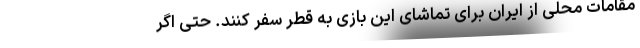
مقامات محلی از ایران برای تماشای این بازی به قطر سفر کنند. حتی اگر